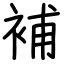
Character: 補